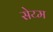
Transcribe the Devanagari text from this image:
सेय्म